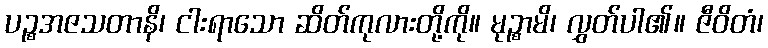
ပဉ္စအဇသတာနိ၊ ငါးရာသော ဆိတ်ကုလားတို့ကို။ မုဉ္စာမိ၊ လွှတ်ပါ၏။ ဇီဝိတံ၊